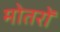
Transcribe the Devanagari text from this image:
मोतरों